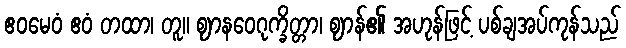
ဧဝမေဝံ ဧဝံ တထာ၊ တူ။ ဈာနဝေဂုက္ခိတ္တာ၊ ဈာန်၏ အဟုန်ဖြင့် ပစ်ချအပ်ကုန်သည်